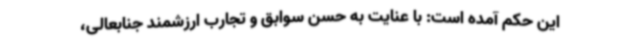
این حکم آمده است: با عنایت به حسن سوابق و تجارب ارزشمند جنابعالی،